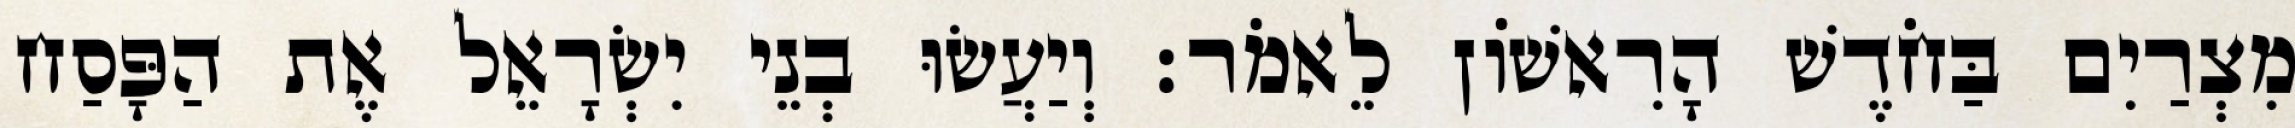
מִצְרַיִם בַּחֹדֶשׁ הָרִאשׁוֹן לֵאמֹר׃ וְיַעֲשׂוּ בְנֵי יִשְׂרָאֵל אֶת הַפָּסַח